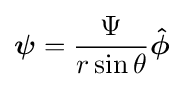
{\boldsymbol {\psi }}={\frac {\Psi }{r\sin \theta }}{\boldsymbol {\hat {\phi }}}